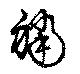
襠